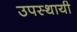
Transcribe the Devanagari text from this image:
उपस्‍थायी